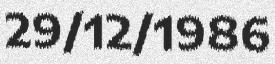
29/12/1986